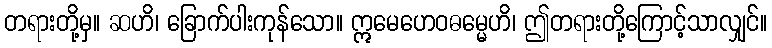
တရားတို့မှ။ ဆဟိ၊ ခြောက်ပါးကုန်သော။ ဣမေဟေဝဓမ္မေဟိ၊ ဤတရားတို့ကြောင့်သာလျှင်။